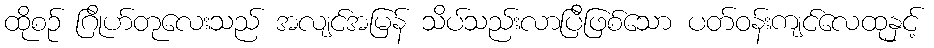
ထိုစဉ် ဂြိုဟ်တုလေးသည် အလျင်အမြန် သိပ်သည်းလာပြီဖြစ်သော ပတ်ဝန်းကျင်လေထုနှင့်